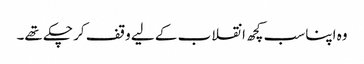
وہ اپنا سب کچھ انقلاب کے لیے وقف کر چکے تھے۔